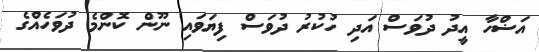
އަޟްހާ އީދު ދުވަސް އަދި ހުކުރު ދުވަސް ފިޔަވައި ނޫން ކޮންމެ ދުވަހެއްގެ